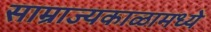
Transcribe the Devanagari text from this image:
साम्राज्यकाळामध्ये